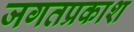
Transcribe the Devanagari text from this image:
जगतप्रकाश